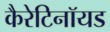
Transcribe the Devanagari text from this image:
कैरेटिनॉयड